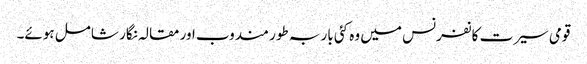
قومی سیرت کانفرنس میں وہ کئی بار بہ طور مندوب اور مقالہ نگار شامل ہوئے۔